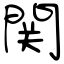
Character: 関